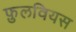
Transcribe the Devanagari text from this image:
फ़ुलवियस